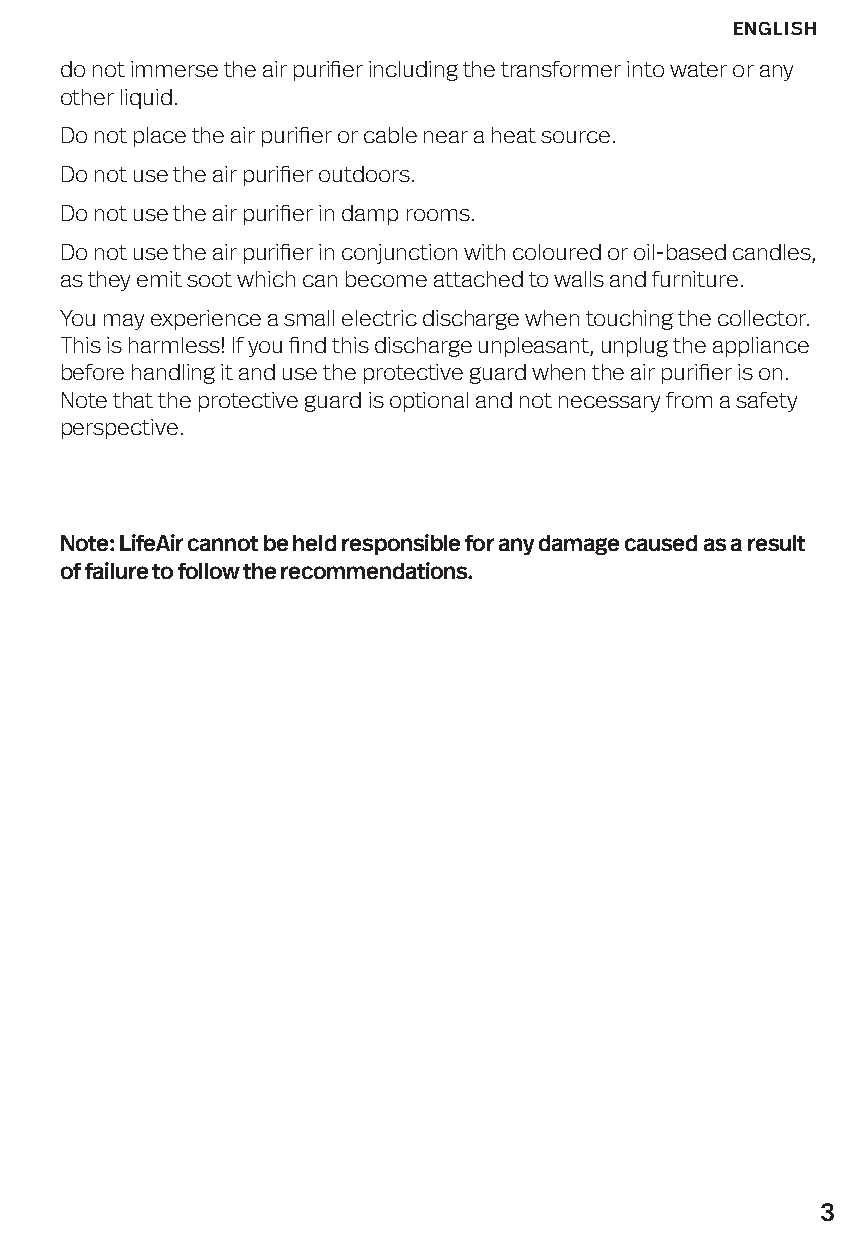
ENGLISH
 do not immerse the air purifier including the transformer into water or any
 other liquid.
 Do not place the air purifier or cable near a heat source.
 Do not use the air purifier outdoors.
 Do not use the air purifier in damp rooms.
 Do not use the air purifier in conjunction with coloured or oil-based candles,
 as they emit soot which can become attached to walls and furniture.
 You may experience a small electric discharge when touching the collector.
 This is harmless! If you find this discharge unpleasant, unplug the appliance
 before handling it and use the protective guard when the air purifier is on.
 Note that the protective guard is optional and not necessary from a safety
 perspective.
 Note: LifeAir cannot be held responsible for any damage caused as a result
 of failure to follow the recommendations.
 3